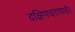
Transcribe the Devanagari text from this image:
दक्षिणचरणाग्रे।